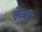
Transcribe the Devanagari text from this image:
लेबज